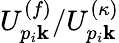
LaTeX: U_{p_{i}\mathbf{k}}^{(f)}/{U}_{p_{i}\mathbf{k}}^{(\kappa)}